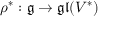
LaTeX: \rho ^ { * } : { \mathfrak { g } } \rightarrow { \mathfrak { g l } } ( V ^ { * } )